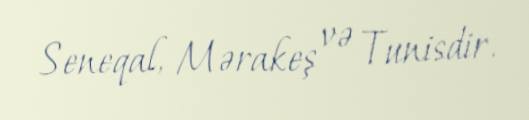
Seneqal, Mərakeş və Tunisdir.